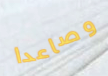
وصاعدا